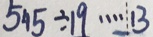
5 4 5 \div 1 9 \cdots 1 3